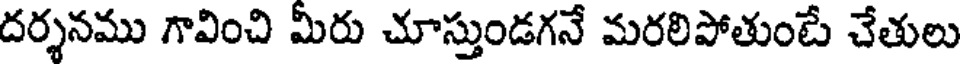
దర్శనము గావించి మీరు చూస్తుండగనే మరలిపోతుంటే చేతులు